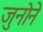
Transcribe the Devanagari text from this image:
जुनोने